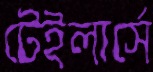
টেইলার্সে